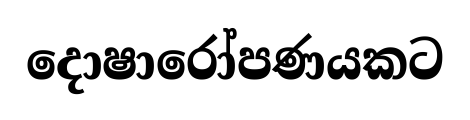
දොෂාරෝපණයකට